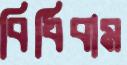
বিধিবাম